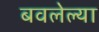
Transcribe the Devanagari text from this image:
बवलेल्या